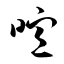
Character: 喧